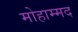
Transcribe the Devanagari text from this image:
मोहाम्मद